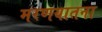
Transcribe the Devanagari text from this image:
मरणयातना